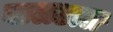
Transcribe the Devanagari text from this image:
बालटाल